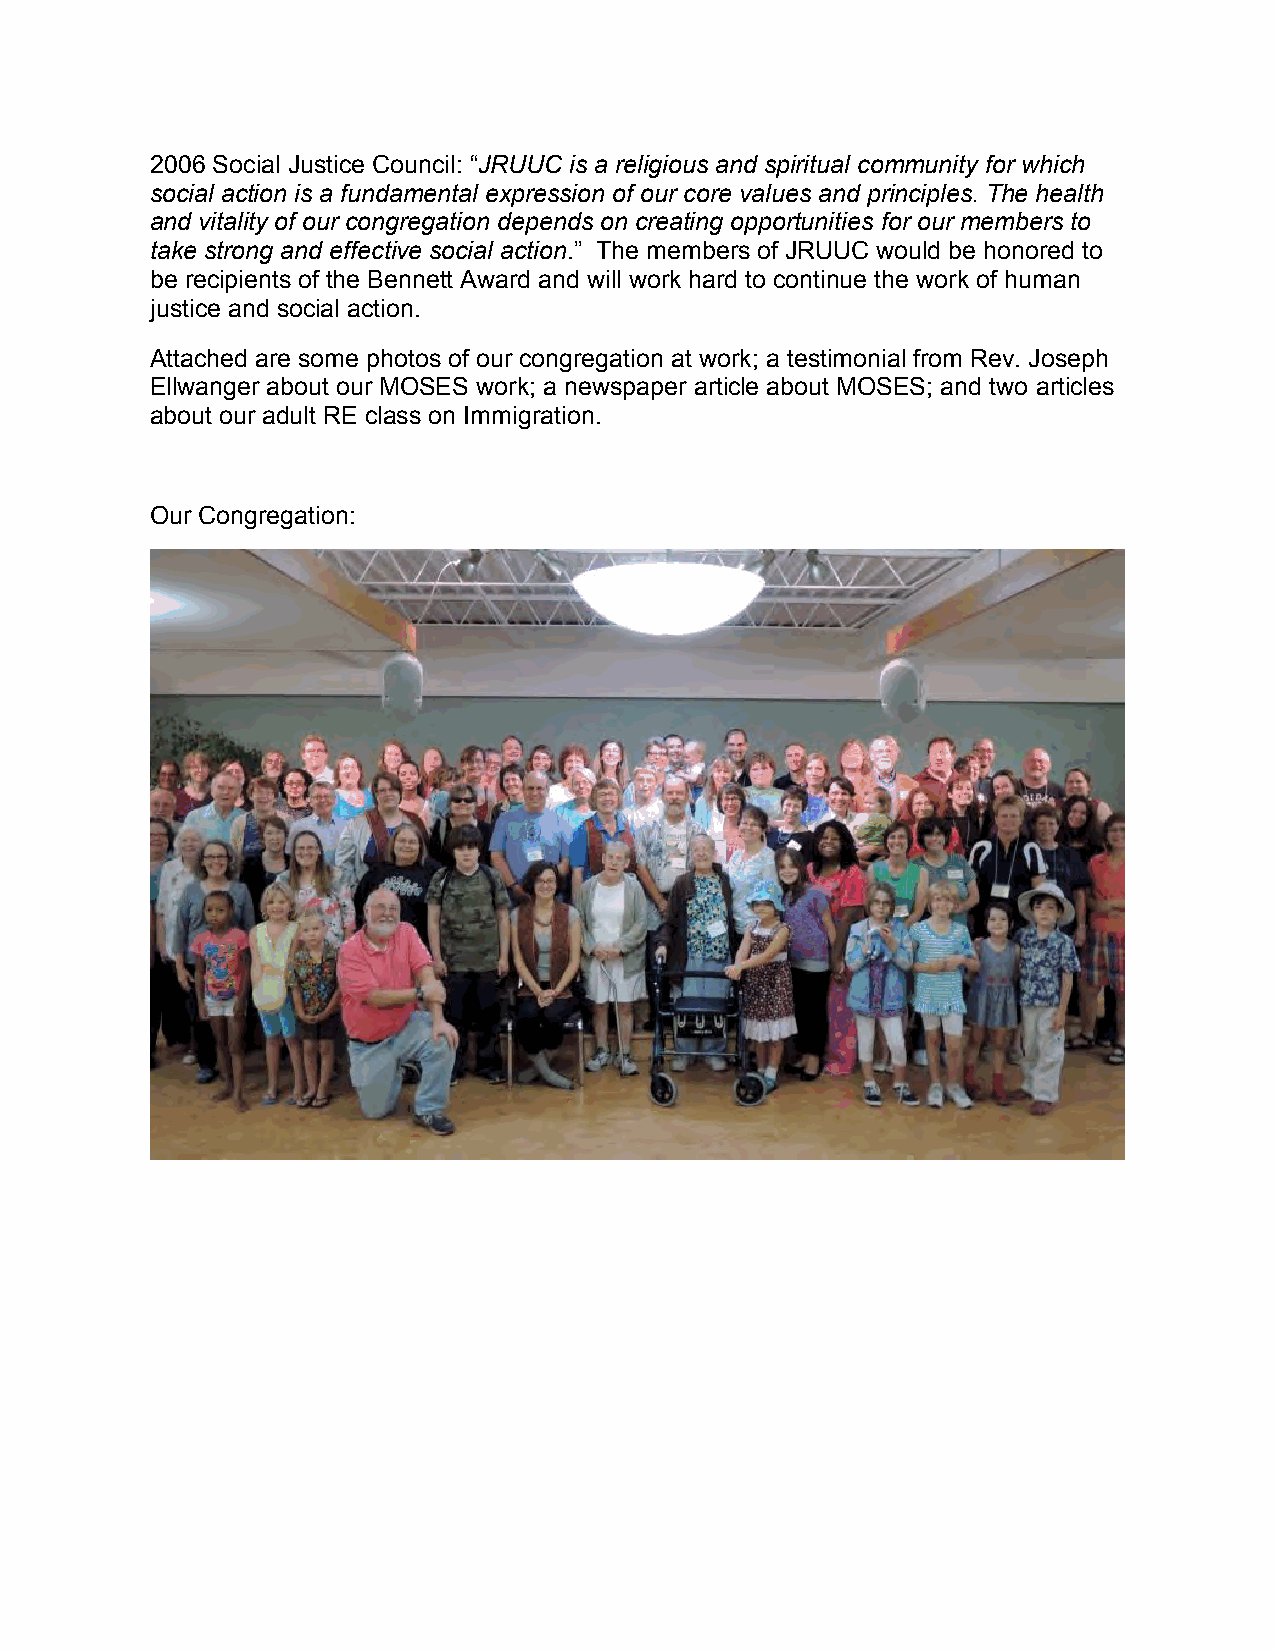
2006 Social Justice Council: “JRUUC is a religious and spiritual community for which
 social action is a fundamental expression of our core values and principles. The health
 and vitality of our congregation depends on creating opportunities for our members to
 take strong and effective social action.” The members of JRUUC would be honored to
 be recipients of the Bennett Award and will work hard to continue the work of human
 justice and social action.
 Attached are some photos of our congregation at work; a testimonial from Rev. Joseph
 Ellwanger about our MOSES work; a newspaper article about MOSES; and two articles
 about our adult RE class on Immigration.
 Our Congregation: